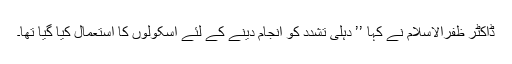
ڈاکٹر ظفرالاسلام نے کہا ’’ دہلی تشدد کو انجام دینے کے لئے اسکولوں کا استعمال کیا گیا تھا۔